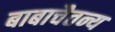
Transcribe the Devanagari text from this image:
बाबाचैतन्य